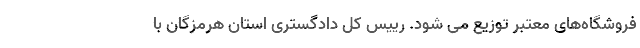
فروشگاه‌های معتبر توزیع می شود. رییس کل دادگستری استان هرمزگان با